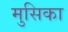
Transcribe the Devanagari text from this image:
मुसिका